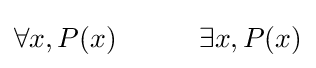
\forall x,P(x)\quad \quad \quad \exists x,P(x)